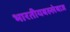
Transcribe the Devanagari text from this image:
भारतीयबल्लेबाज